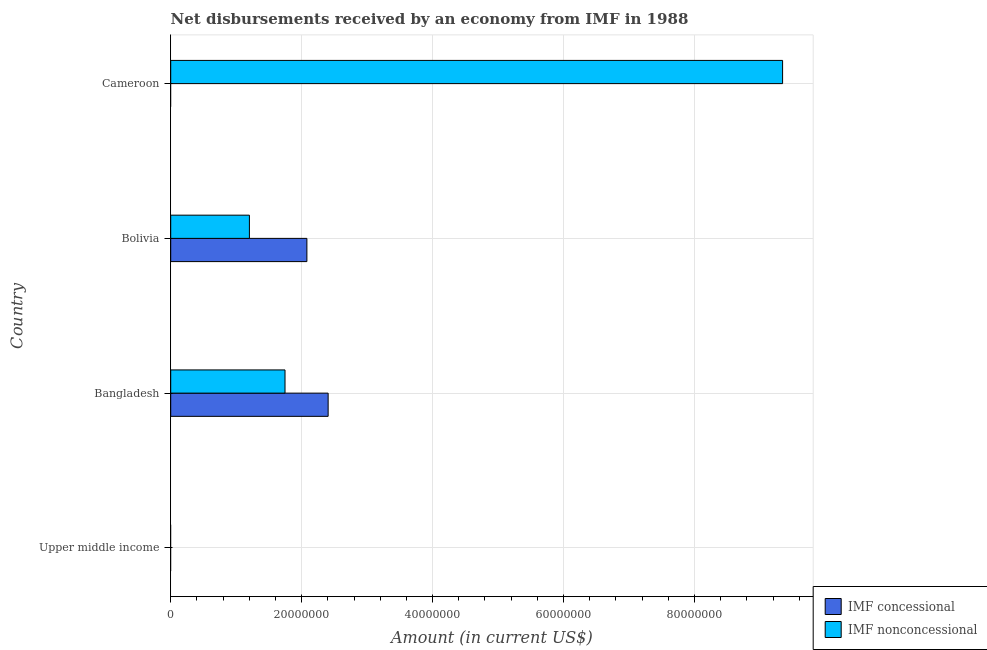
| Country | IMF concessional | IMF nonconcessional |
 | --- | --- | --- |
 | Upper middle income | -1.15e+08 | -2.28e+09 |
 | Bangladesh | 2.4e+07 | 1.75e+07 |
 | Bolivia | 2.08e+07 | 1.2e+07 |
 | Cameroon | -8.35e+06 | 9.35e+07 |